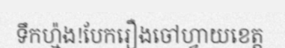
ទឹកហ្ម៉ង!បែករឿងចៅហ្វាយខេត្ត